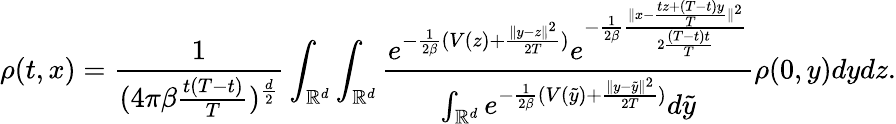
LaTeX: \rho(t,x)=\frac{1}{{(4\pi\beta\frac{t(T-t)}{T}})^{\frac{d}{2}}}\int_{\mathbb{R}^{d}}\int_{\mathbb{R}^{d}}\frac{e^{-\frac{1}{2\beta}(V(z)+\frac{\| y-z\| ^{2}}{2T})}e^{-\frac{1}{2\beta}\frac{\| x-\frac{tz+(T-t)y}{T}\| ^{2}}{2\frac{(T-t)t}{T}}}}{\int_{\mathbb{R}^{d}}e^{-\frac{1}{2\beta}(V(\tilde{y})+\frac{\| y-\tilde{y}\| ^{2}}{2T})}d\tilde{y}}\rho(0,y)dydz.